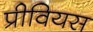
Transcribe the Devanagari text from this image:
प्रीवियस